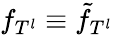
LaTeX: f_{T^{l}}\equiv\tilde{f}_{T^{l}}